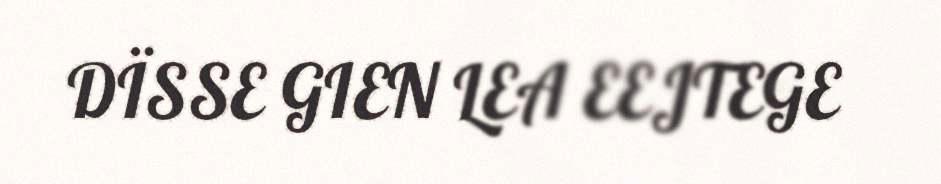
DÏSSE GIEN LEA EEJTEGE